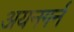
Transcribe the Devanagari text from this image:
अयनगर्न